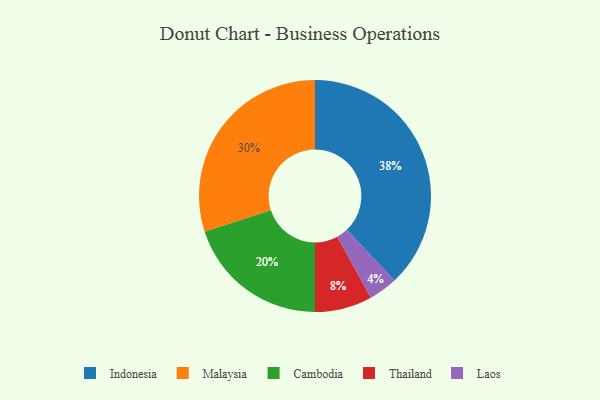
{"axis": {"x": "Category", "y": "Percentage"}, "legend": ["Cambodia", "Indonesia", "Laos", "Malaysia", "Thailand"], "data": [{"x": "Thailand", "y": 8, "type": "Thailand"}, {"x": "Laos", "y": 4, "type": "Laos"}, {"x": "Indonesia", "y": 38, "type": "Indonesia"}, {"x": "Cambodia", "y": 20, "type": "Cambodia"}, {"x": "Malaysia", "y": 30, "type": "Malaysia"}]}